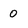
Character: 0